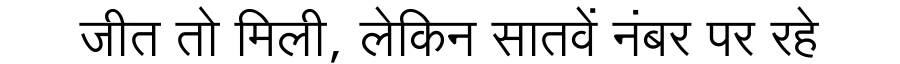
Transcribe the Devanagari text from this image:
जीत तो मिली, लेकिन सातवें नंबर पर रहे